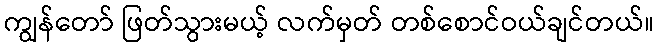
ကျွန်တော် ဖြတ်သွားမယ့် လက်မှတ် တစ်စောင်ဝယ်ချင်တယ်။